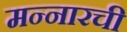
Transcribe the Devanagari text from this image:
मन्नारची